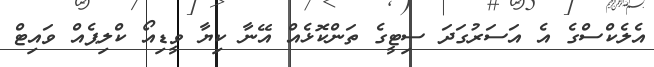
އެލެކްސްގެ އެ އަސަރުގަދަ ސިޓީގެ ތަންކޮޅެއް އޭނާ ކިޔާ ވީޑިއޯ ކްލިޕެއް ވައިޓް